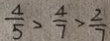
\frac { 4 } { 5 } > \frac { 4 } { 7 } > \frac { 2 } { 7 }